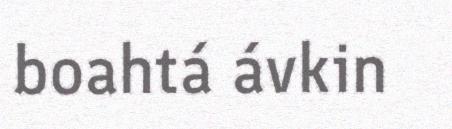
boahtá ávkin